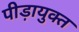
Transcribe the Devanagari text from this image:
पीड़ायुक्‍त